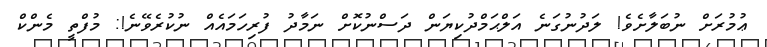
ޢުމުރަށް ނުބަލާށެވެ! ލަދުނުގަނެ އަލްޙަމްދުކިޔަން ދަސްނުކޮށް ނަމާދު ފުރިހަމައެއް ނުކުރެވޭނެ!: މުފްތީ މެންކް